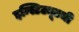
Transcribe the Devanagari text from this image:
इन्स्टिट्यूटची